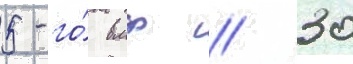
5-го́ вмф // 30